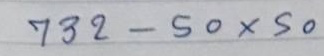
732 - 50x50